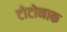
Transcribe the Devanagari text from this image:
टोटोनाक